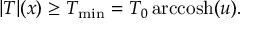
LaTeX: | T | ( x ) \ge T _ { \mathrm { m i n } } = T _ { 0 } \, \mathrm { a r c c o s h } ( u ) .